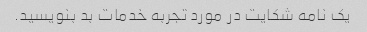
یک نامه شکایت در مورد تجربه خدمات بد بنویسید.